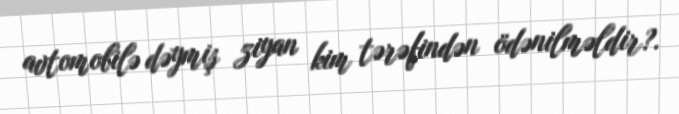
avtomobilə dəymiş ziyan kim tərəfindən ödənilməldir?.